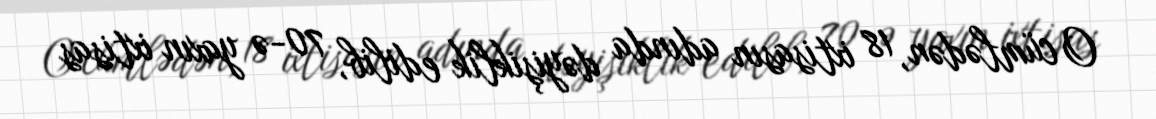
O cümlədən, 18 ixtisasın adında dəyişiklik edilib, 70-ə yaxın ixtisas